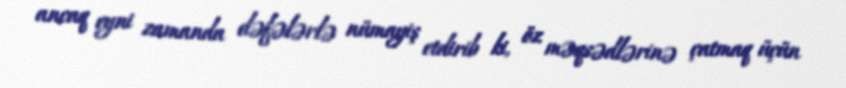
ancaq eyni zamanda dəfələrlə nümayiş etdirib ki, öz məqsədlərinə çatmaq üçün